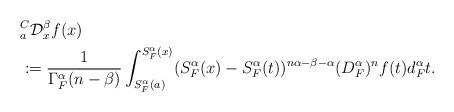
LaTeX: \begin{align*}& _{a}^{C}\mathcal{D}_{x}^{\beta} f(x)\\&:=\frac{1}{\Gamma^{\alpha}_{F}(n-\beta)}\int_{S_{F}^{\alpha}(a)}^{S_{F}^{\alpha}(x)}(S_{F}^{\alpha}(x)-S_{F} ^{\alpha}(t))^{n\alpha-\beta-\alpha} (D_{F}^{\alpha})^nf(t) d_{F}^{\alpha}t.\end{align*}